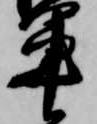
軍